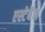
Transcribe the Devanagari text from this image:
एस्टेबैन